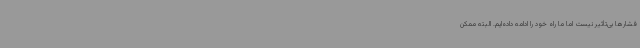
فشارها بی‌تأثیر نیست اما ما راه خود را ادامه داده‌ایم. البته ممکن